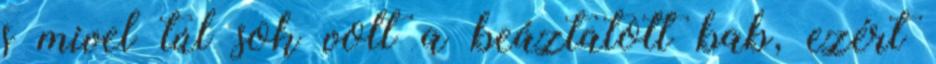
s mivel túl sok volt a beáztatott bab, ezért